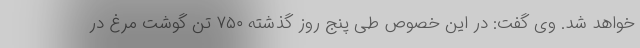
خواهد شد. وی گفت: در این خصوص طی پنج روز گذشته ۷۵۰ تن گوشت مرغ در